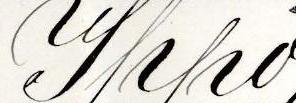
Uppo